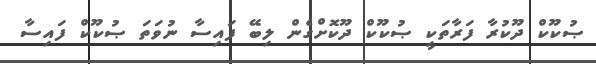
ޞުކޫކް ދޫކުރާ ފަރާތަކީ ޞުކޫކް ދޫކޮށްގެން ލިބޭ ފައިސާ ނުވަތަ ޞުކޫކް ފައިސާ